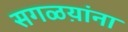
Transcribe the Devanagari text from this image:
सगळय़ांना